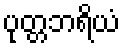
ပုတ္တဘရိယံ